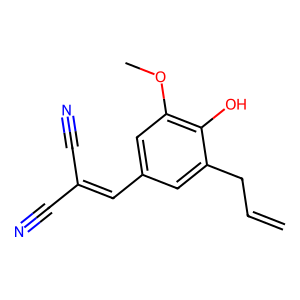
SMILES: C=CCc1cc(C=C(C#N)C#N)cc(OC)c1O
Inhibits HIV replication: No